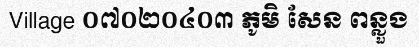
Village ០៧០២០៤០៣ ភូមិ សែន ពន្លួង